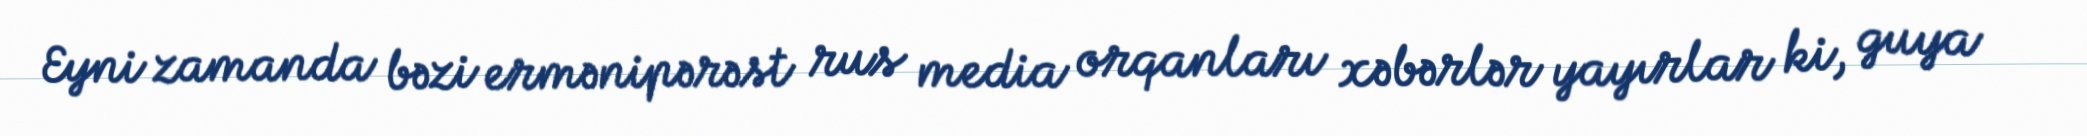
Eyni zamanda bəzi ermənipərəst rus media orqanları xəbərlər yayırlar ki, guya